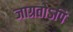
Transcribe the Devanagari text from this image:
जाग्रतोऽपि